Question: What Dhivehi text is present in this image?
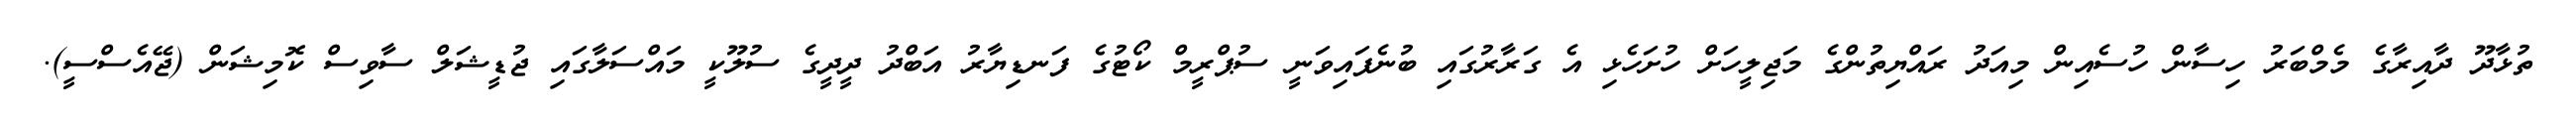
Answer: ތުޅާދޫ ދާއިރާގެ މެމްބަރު ހިސާން ހުސެއިން މިއަދު ރައްޔިތުންގެ މަޖިލީހަށް ހުށަހެޅި އެ ގަރާރުގައި ބުނެފައިވަނީ ސުޕްރީމް ކޯޓުގެ ފަނޑިޔާރު އަބްދު ދީދީގެ ސުލޫކީ މައްސަލާގައި ޖުޑީޝަލް ސާވިސް ކޮމިޝަން (ޖޭއެސްސީ).